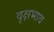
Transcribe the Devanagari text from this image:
वृक्षभाव